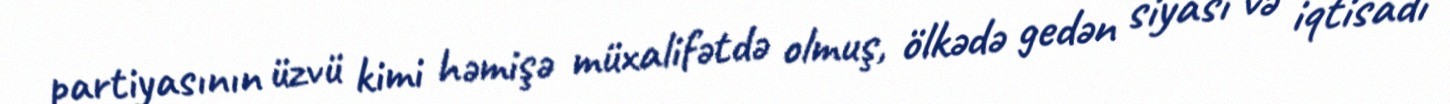
partiyasının üzvü kimi həmişə müxalifətdə olmuş, ölkədə gedən siyasi və iqtisadi